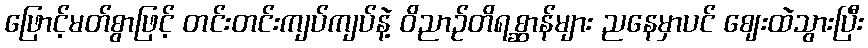
ဖြောင့်မတ်စွာဖြင့် တင်းတင်းကျပ်ကျပ်နဲ့ ဝိညာဉ်တိရစ္ဆာန်များ ညနေမှာပင် ဈေးထဲသွားပြီး